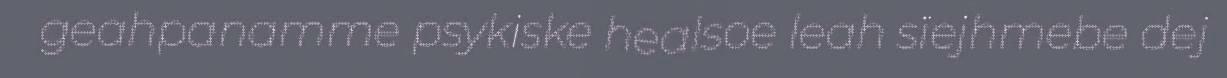
geahpanamme psykiske healsoe leah sïejhmebe dej